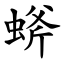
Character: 䗄